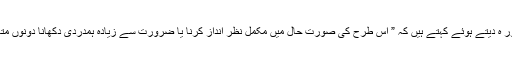
ایک دوسرے ٹرسٹی منوہر دیش پانڈے مشور ہ دیتے ہوئے کہتے ہیں کہ ” اس طرح کی صورت حال میں مکمل نظر انداز کرنا یا ضرورت سے زیادہ ہمدردی دکھانا دونوں متاثرہ فرد کے لئے نقصاندہ ثابت ہوسکتا ہے۔